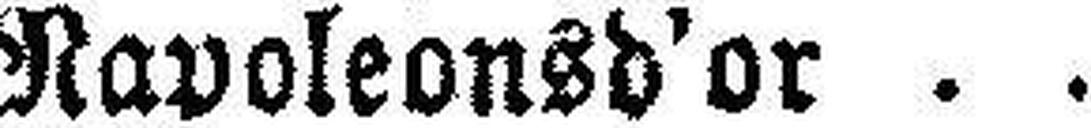
Napoleons d'or